Source: Handwritten
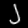
Digit: ၂ (2)